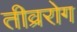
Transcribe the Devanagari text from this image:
तीव्ररोग